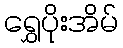
ရွှေပိုးအိမ်